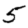
Digit: 5